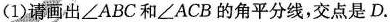
请画出\angle ABC和\angle ACB的角平分线，交点是D